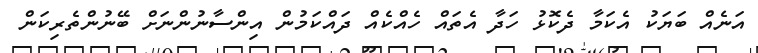
އަނެއް ބަޔަކު އެކަމާ ދެކޮޅު ހަދާ އެތައް ހެއްކެއް ދައްކަމުން އިންސާނުންނަށް ބޭނުންތެރިކަން